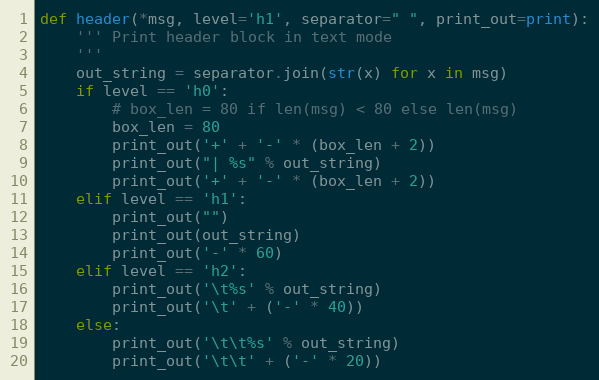
Language: Python
def header(*msg, level='h1', separator=" ", print_out=print):
    ''' Print header block in text mode
    '''
    out_string = separator.join(str(x) for x in msg)
    if level == 'h0':
        # box_len = 80 if len(msg) < 80 else len(msg)
        box_len = 80
        print_out('+' + '-' * (box_len + 2))
        print_out("| %s" % out_string)
        print_out('+' + '-' * (box_len + 2))
    elif level == 'h1':
        print_out("")
        print_out(out_string)
        print_out('-' * 60)
    elif level == 'h2':
        print_out('\t%s' % out_string)
        print_out('\t' + ('-' * 40))
    else:
        print_out('\t\t%s' % out_string)
        print_out('\t\t' + ('-' * 20))